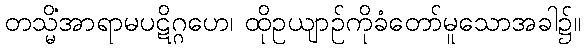
တသ္မိံအာရာမပဋိဂ္ဂဟေ၊ ထိုဥယျာဉ်ကိုခံတော်မူသောအခါ၌။